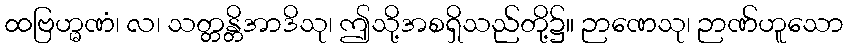
ထဗြဟ္မဏံ၊ လ၊ သတ္တန္တိအာဒိသု၊ ဤသို့အစရှိသည်တို့၌။ ဉာဏေသု၊ ဉာဏ်ဟူသော